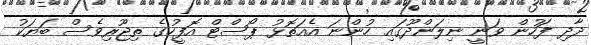
ދާދި ފަހުން ވަނީ ނިލަންދޫގައި ހުންނަ އެއަތޮޅު ޕޯސްޓް އޮފީހުގެ ތިޖޫރިވެސް ބަޔަކު